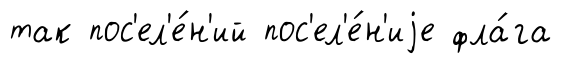
так пос'ел'е́н'ий пос'ел'е́н'иjе фла́га